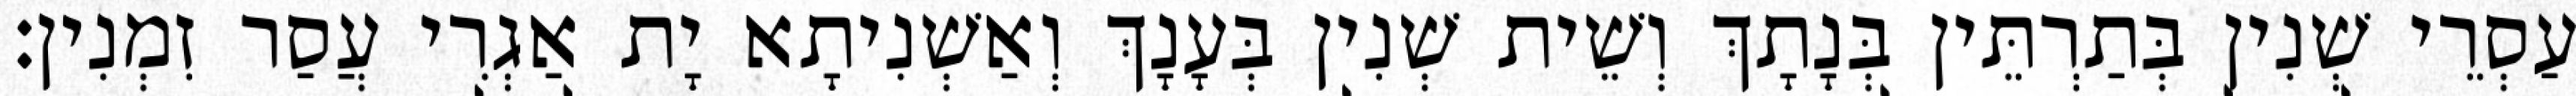
עַסְרֵי שְׁנִין בְּתַרְתֵּין בְּנָתָךְ וְשֵׁית שְׁנִין בְּעָנָךְ וְאַשְׁנִיתָא יָת אַגְרִי עֲסַר זִמְנִין׃